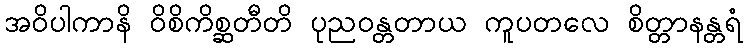
အဝိပါကာနိ ဝိစိကိစ္ဆတီတိ ပုညဝန္တတာယ ကူပတလေ စိတ္တာနန္တရံ